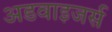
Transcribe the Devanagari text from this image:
अडवाइजर्स